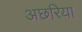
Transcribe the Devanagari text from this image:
अछरिया